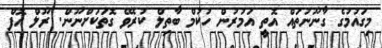
މިގައުމުގެ ގާނޫނުތައް އޮތީ އަމުރުން ހުކުމް ބާތިލް ކުރެވޭ ގޮތަކަށްނޫން. ރޫލް އޮފް